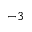
^ { - 3 }